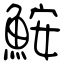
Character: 鮟